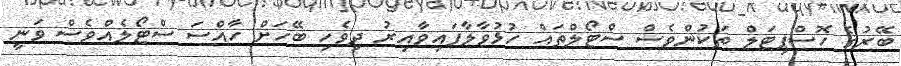
ބޭރުގެ ހޮސްޕިޓަލް ތަކުންވެސް ސްޓޯލްތައް ހުޅުވާލާފައިވާއިރު ދިވެހި ބޭހަށް ހާއްސަ ސްޓޯލެއްވެސް ވަނީ